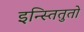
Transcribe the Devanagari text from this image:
इन्स्तितुतो